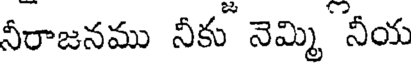
నీరాజనము నీకు నెమ్మి నీయ